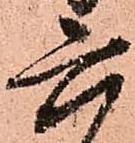
六